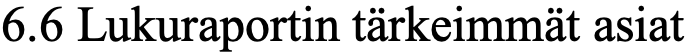
6.6 Lukuraportin tärkeimmät asiat